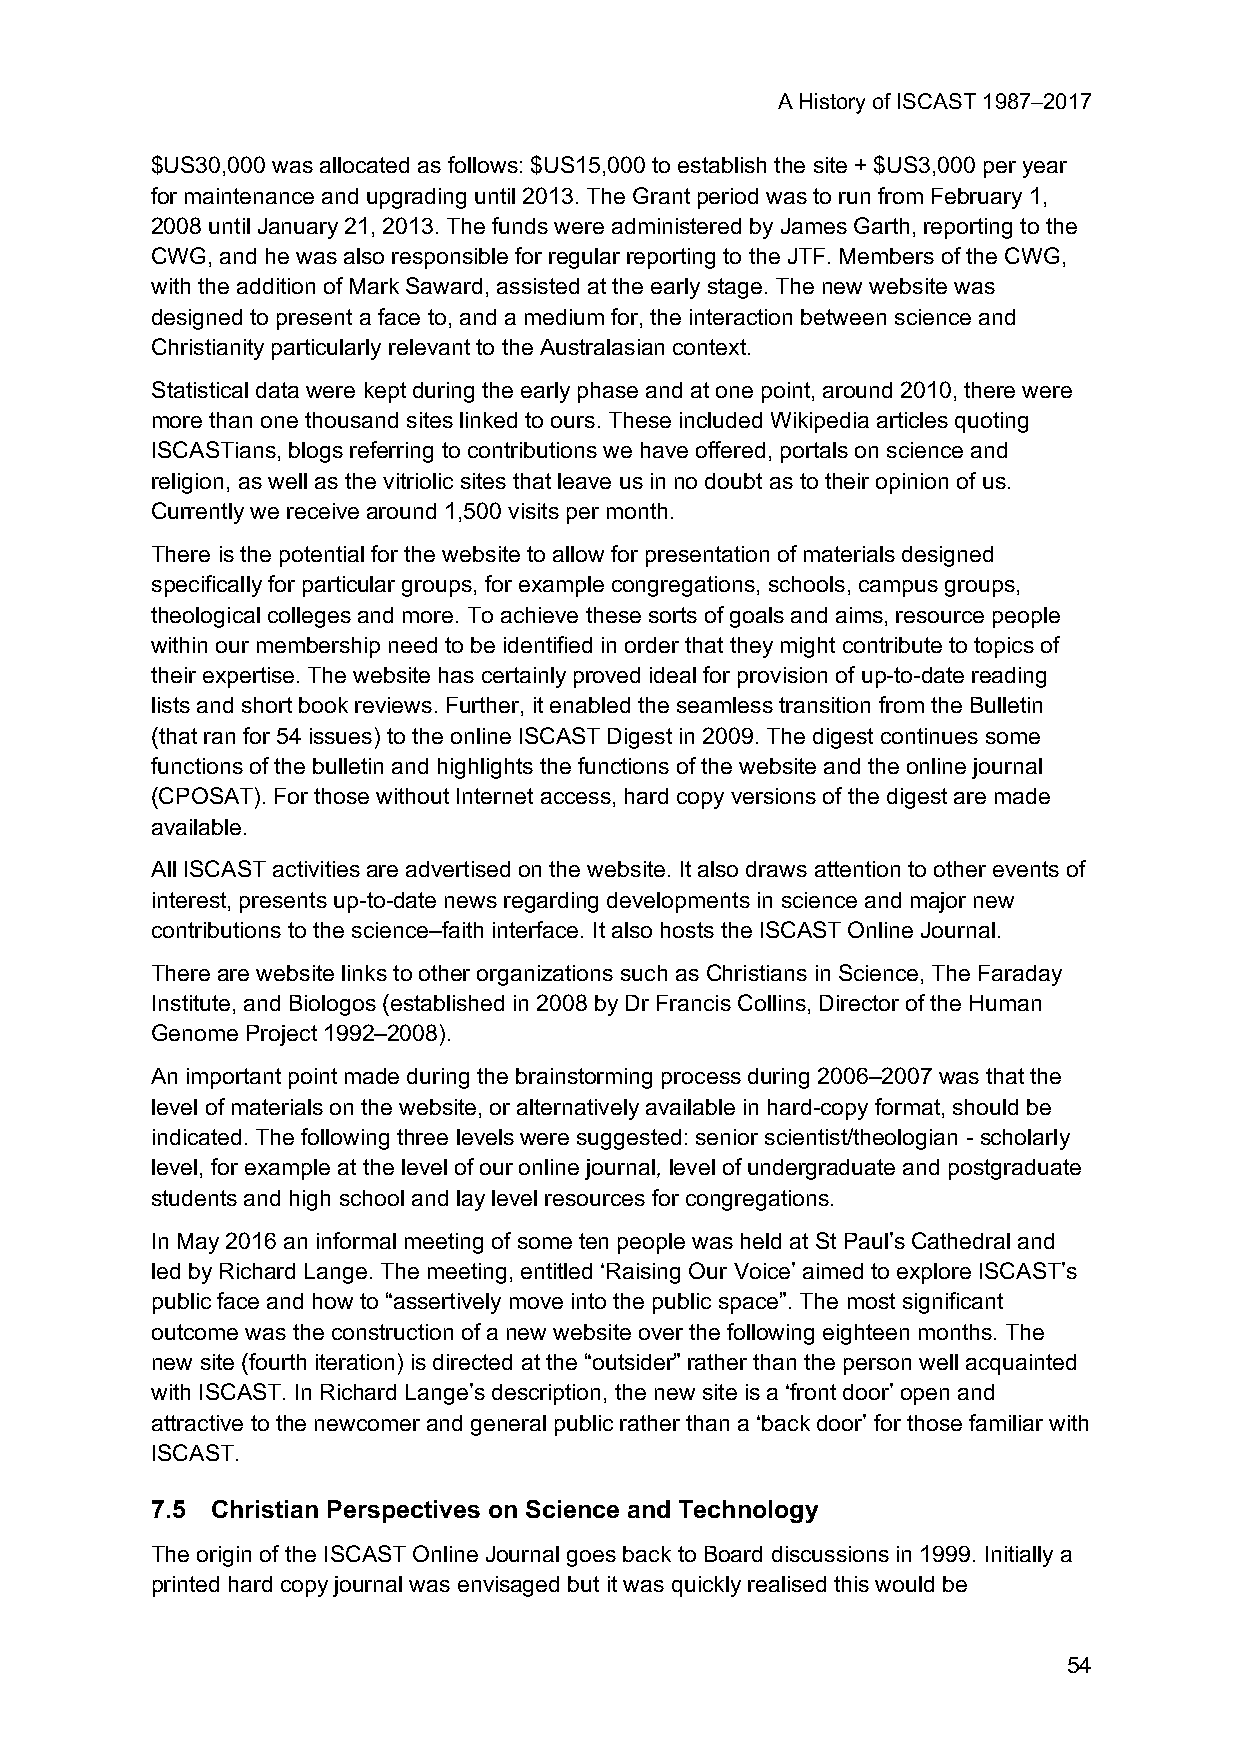
A History of ISCAST 1987–2017
 $US30,000 was allocated as follows: $US15,000 to establish the site + $US3,000 per year
 for maintenance and upgrading until 2013. The Grant period was to run from February 1,
 2008 until January 21, 2013. The funds were administered by James Garth, reporting to the
 CWG, and he was also responsible for regular reporting to the JTF. Members of the CWG,
 with the addition of Mark Saward, assisted at the early stage. The new website was
 designed to present a face to, and a medium for, the interaction between science and
 Christianity particularly relevant to the Australasian context.
 Statistical data were kept during the early phase and at one point, around 2010, there were
 more than one thousand sites linked to ours. These included Wikipedia articles quoting
 ISCASTians, blogs referring to contributions we have offered, portals on science and
 religion, as well as the vitriolic sites that leave us in no doubt as to their opinion of us.
 Currently we receive around 1,500 visits per month.
 There is the potential for the website to allow for presentation of materials designed
 specifically for particular groups, for example congregations, schools, campus groups,
 theological colleges and more. To achieve these sorts of goals and aims, resource people
 within our membership need to be identified in order that they might contribute to topics of
 their expertise. The website has certainly proved ideal for provision of up-to-date reading
 lists and short book reviews. Further, it enabled the seamless transition from the Bulletin
 (that ran for 54 issues) to the online ISCAST Digest in 2009. The digest continues some
 functions of the bulletin and highlights the functions of the website and the online journal
 (CPOSAT). For those without Internet access, hard copy versions of the digest are made
 available.
 All ISCAST activities are advertised on the website. It also draws attention to other events of
 interest, presents up-to-date news regarding developments in science and major new
 contributions to the science–faith interface. It also hosts the ISCAST Online Journal.
 There are website links to other organizations such as Christians in Science, The Faraday
 Institute, and Biologos (established in 2008 by Dr Francis Collins, Director of the Human
 Genome Project 1992–2008).
 An important point made during the brainstorming process during 2006–2007 was that the
 level of materials on the website, or alternatively available in hard-copy format, should be
 indicated. The following three levels were suggested: senior scientist/theologian - scholarly
 level, for example at the level of our online journal, level of undergraduate and postgraduate
 students and high school and lay level resources for congregations.
 In May 2016 an informal meeting of some ten people was held at St Paul’s Cathedral and
 led by Richard Lange. The meeting, entitled ‘Raising Our Voice’ aimed to explore ISCAST’s
 public face and how to “assertively move into the public space”. The most significant
 outcome was the construction of a new website over the following eighteen months. The
 new site (fourth iteration) is directed at the “outsider” rather than the person well acquainted
 with ISCAST. In Richard Lange’s description, the new site is a ‘front door’ open and
 attractive to the newcomer and general public rather than a ‘back door’ for those familiar with
 ISCAST.
 7.5 Christian Perspectives on Science and Technology
 The origin of the ISCAST Online Journal goes back to Board discussions in 1999. Initially a
 printed hard copy journal was envisaged but it was quickly realised this would be
 54